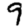
Digit: 9